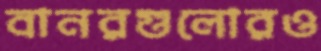
বানরগুলোরও